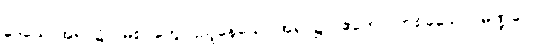
ဒေသေ၊ အရပ်၌။ (မစင်တွေ ပြည့်နေသော အရပ်၌။) ဧကော၊ တစ်ခုသော။ မဏ္ဍပေါ၊